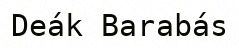
Deák Barabás